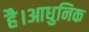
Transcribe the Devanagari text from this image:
है।आधुनिक